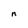
Character: n